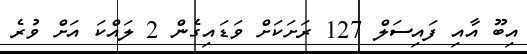
އިބޫ އާއި ފައިސަލް 127 ރަށަކަށް ވަޑައިގެން 2 ލައްކަ އަށް ވުރެ